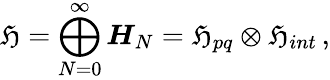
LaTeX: {\mathfrak H}=\bigoplus_{N=0}^{\infty}\boldsymbol{H}_{N}={\mathfrak H}_{pq}\otimes{\mathfrak H}_{int}\, ,